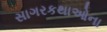
સાગરકથાઓના